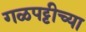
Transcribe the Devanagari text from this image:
गळपट्टीच्या